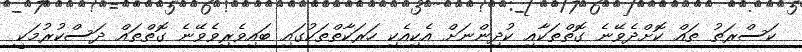
ކަސްރަތު ތައް ކޮށްދެވޭނެ ގޮތްތަކާއި ކުދިންނަށް އެކިއެކި ހަރަކާތްތަކުގައި ބައިވެރިވެވޭނެ ގޮތްތައް ދަސްކުރުމަކީ